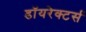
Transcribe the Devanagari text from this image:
डॉयरेक्टर्स